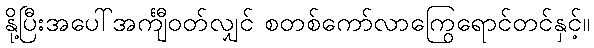
နို့ပြီးအပေါ်အင်္ကျီဝတ်လျှင် စတစ်ကော်လာကြွေရောင်တင်နှင့်။